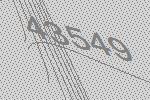
43549